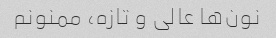
نون‌ها عالی و تازه، ممنونم